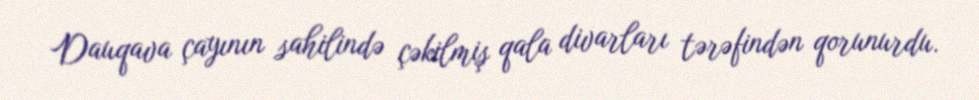
Dauqava çayının sahilində çəkilmiş qala divarları tərəfindən qorunurdu.